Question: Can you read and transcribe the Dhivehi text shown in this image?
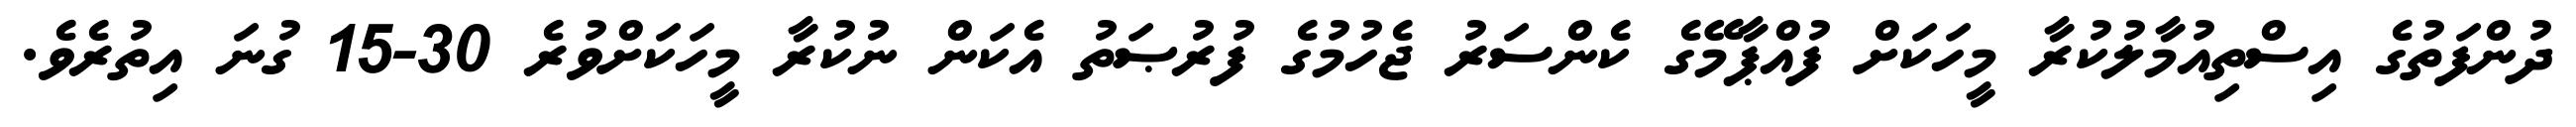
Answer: ދުންފަތުގެ އިސްތިއުމާލުކުރާ މީހަކަށް ފުއްޕާމޭގެ ކެންސަރު ޖެހުމުގެ ފުރުޞަތު އެކަން ނުކުރާ މީހަކަށްވުރެ 30-15 ގުނަ އިތުރެވެ.